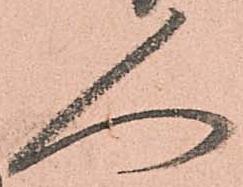
人